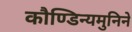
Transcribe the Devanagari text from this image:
कौण्डिन्यमुनिने